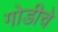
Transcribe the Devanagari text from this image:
गोडीचे